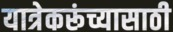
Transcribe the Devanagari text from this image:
यात्रेकरूंच्यासाठी